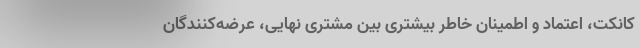
کانکت، اعتماد و اطمینان خاطر بیشتری بین مشتری نهایی، عرضه‌کنندگان